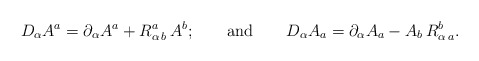
\begin{align*}D_\alpha A^a=\partial _\alpha A^a+R_{\alpha \,b}^a\,A^b;\qquad {\rm and}\qquad D_\alpha A_a=\partial _\alpha A_a-A_b\,R_{\alpha \,a}^b.\end{align*}